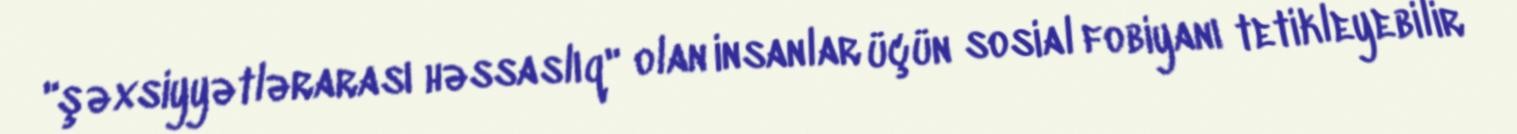
"şəxsiyyətlərarası həssaslıq" olan insanlar üçün sosial fobiyanı tetikleyebilir